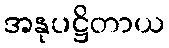
အနုပဋ္ဌိတာယ